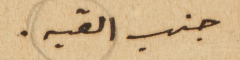
جنب القبه.